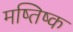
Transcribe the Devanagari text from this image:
मष्‍तिष्‍क